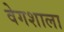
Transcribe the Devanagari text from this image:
वेगशाला